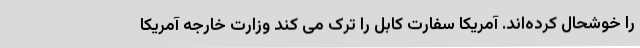
را خوشحال کرده‌اند. آمریکا سفارت کابل را ترک می کند وزارت خارجه آمریکا